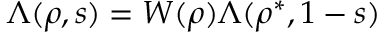
\Lambda ( \rho , s ) = W ( \rho ) \Lambda ( \rho ^ { * } , 1 - s )